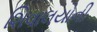
શિવાલયોની